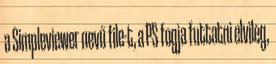
a Simpleviewer nevű file-t, a PS fogja futtatni elvileg,